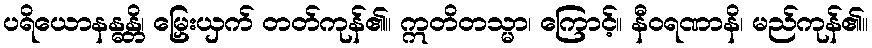
ပရိယောနန္ဓန္တိ၊ မြှေးယှက် တတ်ကုန်၏။ ဣတိတသ္မာ၊ ကြောင့်။ နီဝရဏာနိ၊ မည်ကုန်၏။